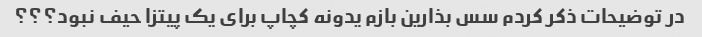
در توضیحات ذکر کردم سس بذارین بازم یدونه کچاپ برای یک پیتزا حیف نبود؟؟؟